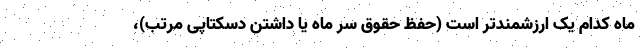
ماه کدام ‌یک ارزشمندتر است (حفظ حقوق سر ماه یا داشتن دسکتاپی مرتب)،